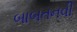
બાબતનવી